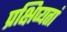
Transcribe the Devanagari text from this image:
प्रक्षिप्यतां